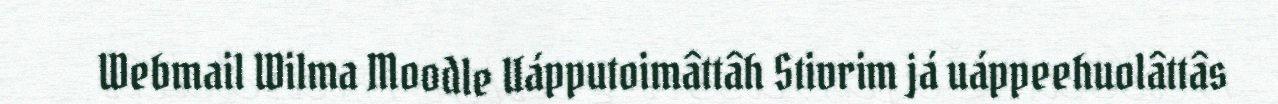
Webmail Wilma Moodle Uápputoimâttâh Stivrim já uáppeehuolâttâs